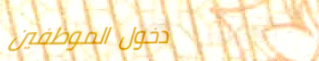
دخول الموظفين